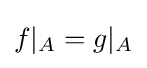
f|_{A}=g|_{A}